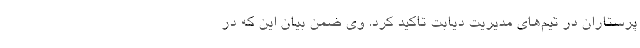
پرستاران در تیم‌های مدیریت دیابت تاکید کرد. وی ضمن بیان این که در